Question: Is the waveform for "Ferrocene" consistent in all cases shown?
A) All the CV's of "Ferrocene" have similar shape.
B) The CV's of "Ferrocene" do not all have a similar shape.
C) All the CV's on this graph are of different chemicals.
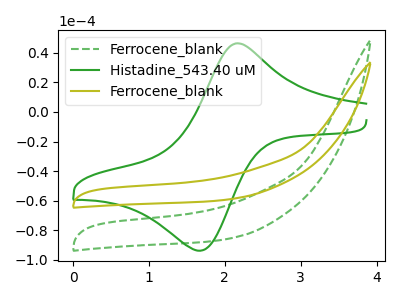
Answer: <think>The green dashed curve "Ferrocene_blank" has no peaks. The green curve "Histadine_543.40 uM" has an anodic peak at (2.15V, 46.40uA) and a cathodic peak at (1.70V, -93.90uA). The olive curve "Ferrocene_blank" has no peaks.
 "Ferrocene_blank" and "Histadine_543.40 uM" have a different number of peaks. Neither "Ferrocene_blank" or "Ferrocene_blank" have any peaks. "Histadine_543.40 uM" and "Ferrocene_blank" have a different number of peaks.</think>
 <answer>A) All the CV's of "Ferrocene" have similar shape.</answer>
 <eval>A</eval>